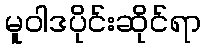
မူဝါဒပိုင်းဆိုင်ရာ